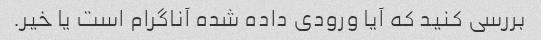
بررسی کنید که آیا ورودی داده شده آناگرام است یا خیر.